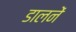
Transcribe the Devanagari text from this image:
डालनें